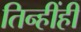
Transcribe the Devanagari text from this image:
तिन्हींही